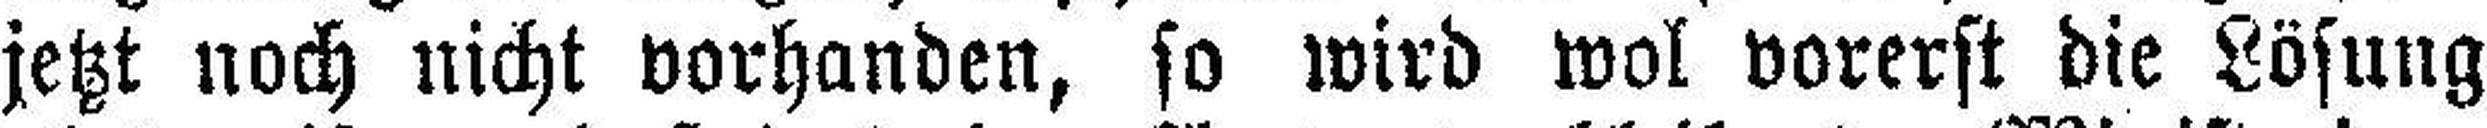
jetzt noch nicht vorhanden, so wird wol vorerst die Lösung